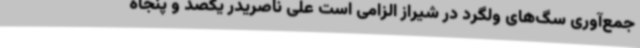
جمع‌آوری سگ‌های ولگرد در شیراز الزامی است علی ناصریدر یکصد و پنجاه